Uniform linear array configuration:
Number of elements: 16
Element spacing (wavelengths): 0.25
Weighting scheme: hann
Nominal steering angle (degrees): -30
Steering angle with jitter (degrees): -29.554
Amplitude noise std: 0.05
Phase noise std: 0.05

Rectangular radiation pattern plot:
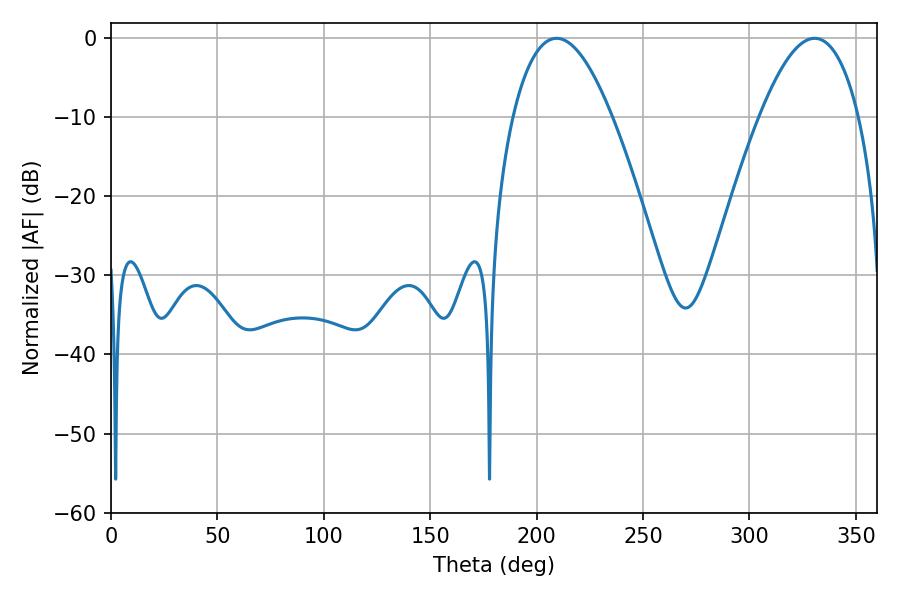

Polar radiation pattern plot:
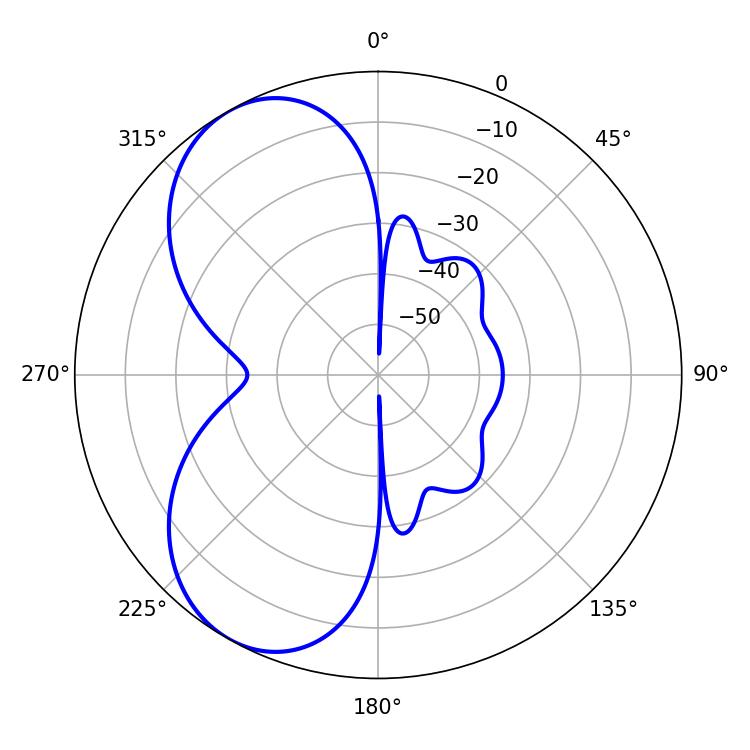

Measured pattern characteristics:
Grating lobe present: FALSE
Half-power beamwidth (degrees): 25.56
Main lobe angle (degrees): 209.34